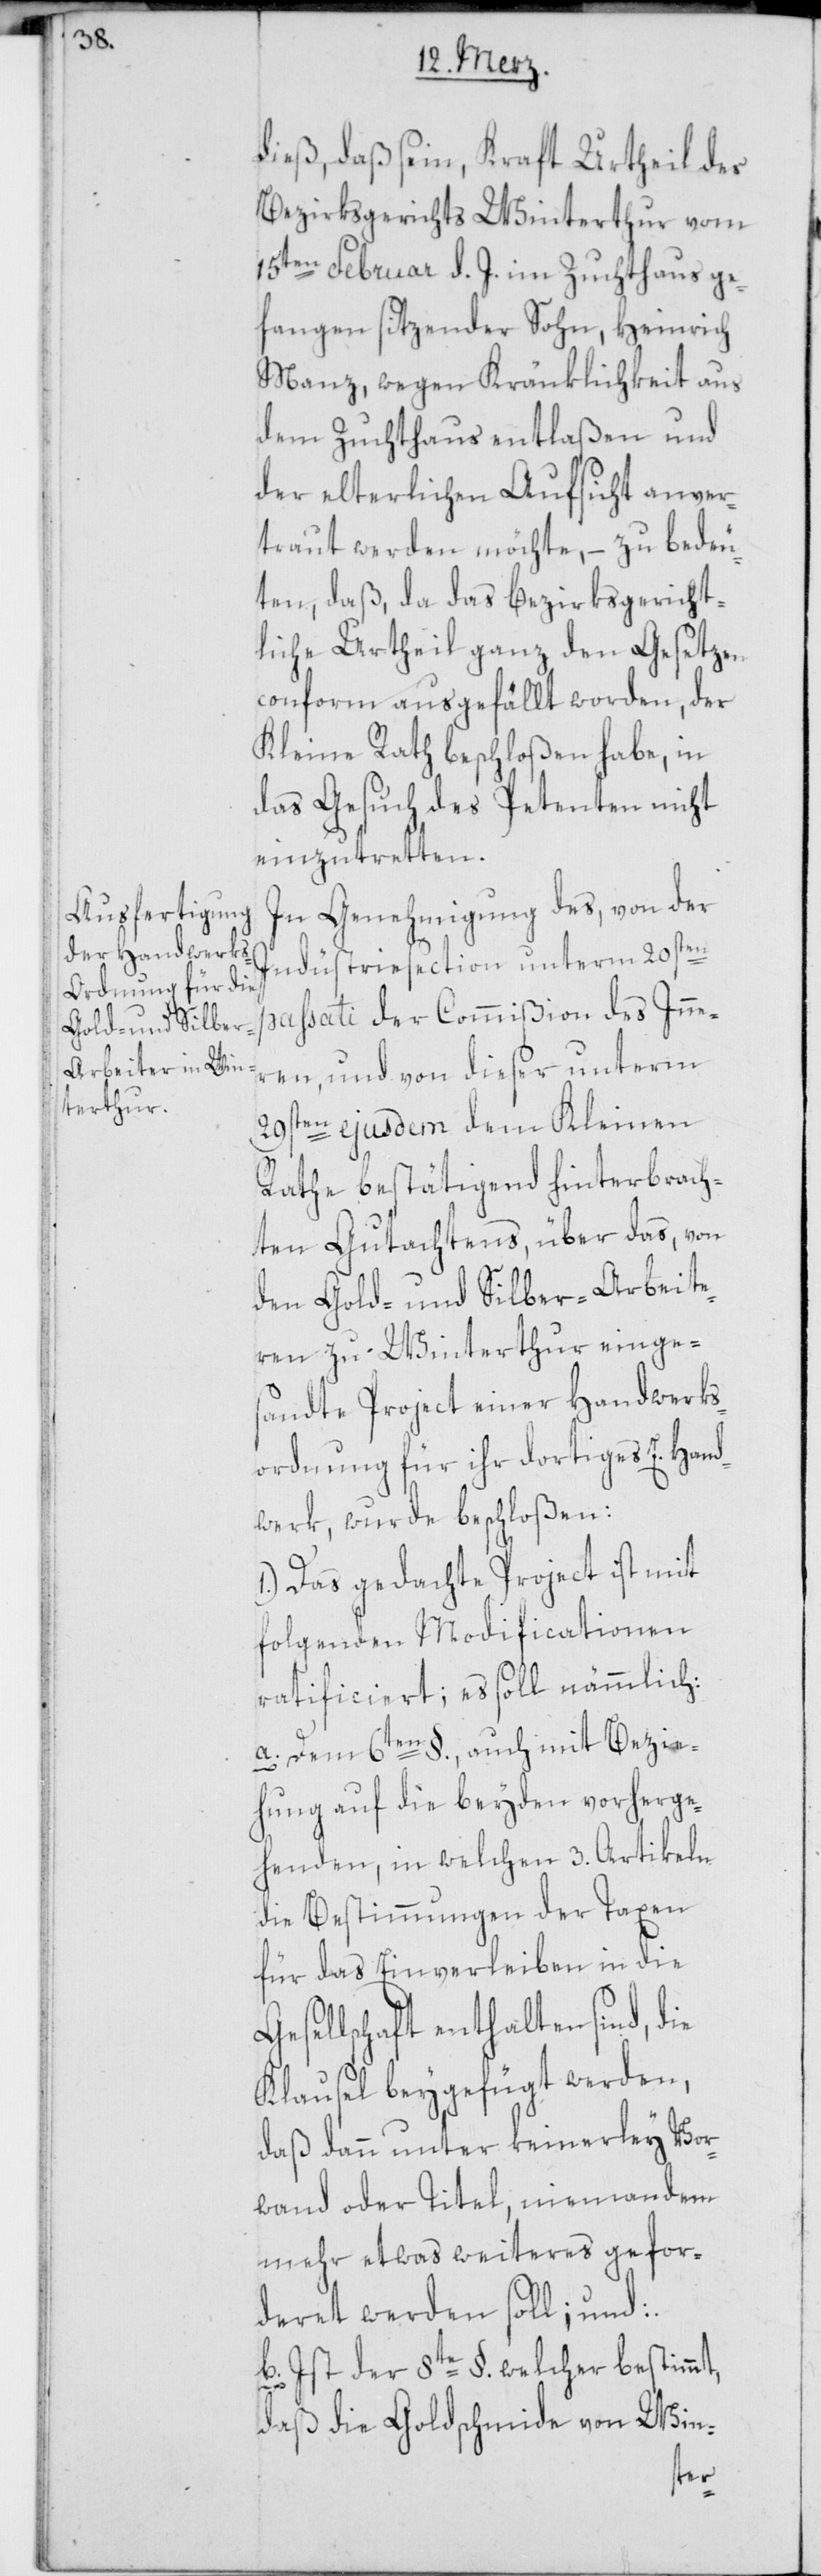
dieß, daß sein, Kraft Urtheil des
Bezirksgerichts Winterthur vom
15ten Februar d. J. im Zuchthaus ge¬
fangen sitzender Sohn, Heinrich
Manz, wegen Kränklichkeit aus
dem Zuchthaus entlaßen und
der elterlichen Aufsicht anver¬
traut werden möchte, – zu bedeu¬
ten, daß, da das bezirksgericht¬
liche Urtheil ganz den Gesetzen
conform ausgefällt worden, der
Kleine Rath beschloßen habe, in
das Gesuch des Petenten nicht
einzutretten.
In Genehmigung des, von der
Indüstriesection unterm 20sten
passati der Commißion des Inne¬
ren, und von dieser unterm
29sten ejusdem dem Kleinen
Rathe bestätigend hinterbrach¬
ten Gutachtens über das, von
den Gold- und Silber-Arbeite¬
ren zu Winterthur einge¬
sandte Project einer Handwerks¬
ordnung für ihr dortiges E. Hand¬
werk, wurde beschloßen:
1.) Das gedachte Project ist mit
folgenden Modificationen
ratificiert; es soll nämmlich:
a. Dem 6ten §., auch mit Bezie¬
hung auf die beyden vorherge¬
henden, in welchen 3. Artikeln
die Bestimmungen der Taxen
für das Einverleiben in die
Gesellschaft enthalten sind, die
Klausel beygefügt werden,
daß dann unter keinerley Vor¬
wand oder Titel, niemandem
mehr etwas weiteres gefor¬
deret werden soll; und:
b. Ist der 8te §. welcher bestimmt,
daß die Goldschmide von Win-